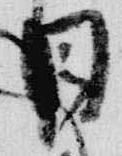
目